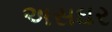
અસઘર